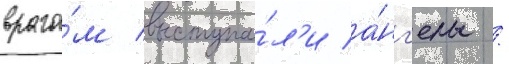
враго́м выступа́л'и а́нг'елы /